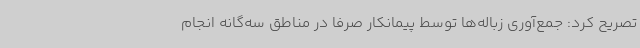
تصریح کرد: جمع‌آوری زباله‌ها توسط پیمانکار صرفا در مناطق سه‌گانه انجام